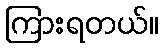
ကြားရတယ်။